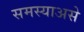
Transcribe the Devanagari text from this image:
समस्याअसे